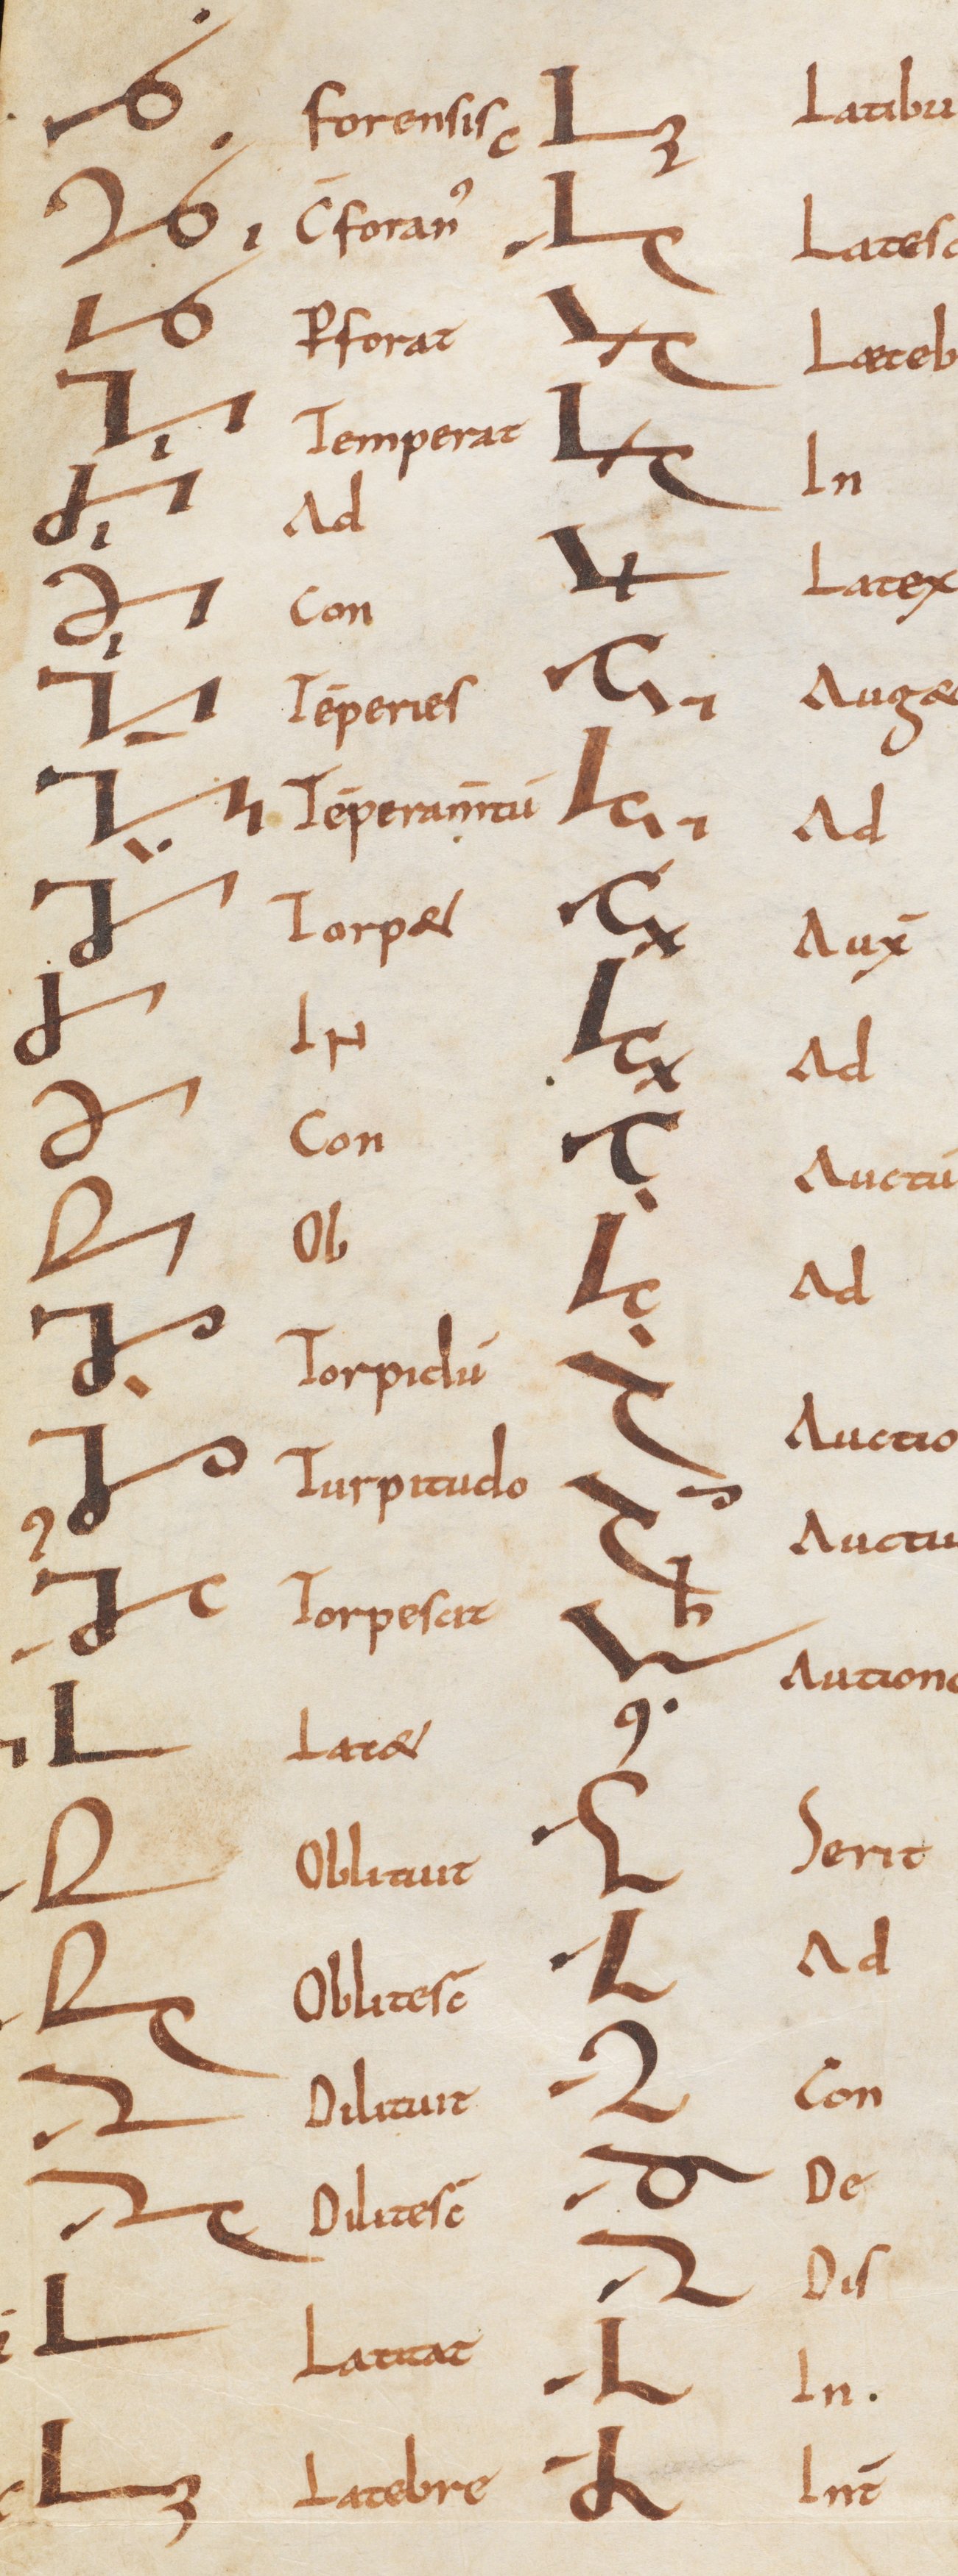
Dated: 800–899